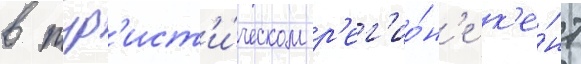
в тур'ист'и́ческом р'ег'ио́н'е к'е́нт